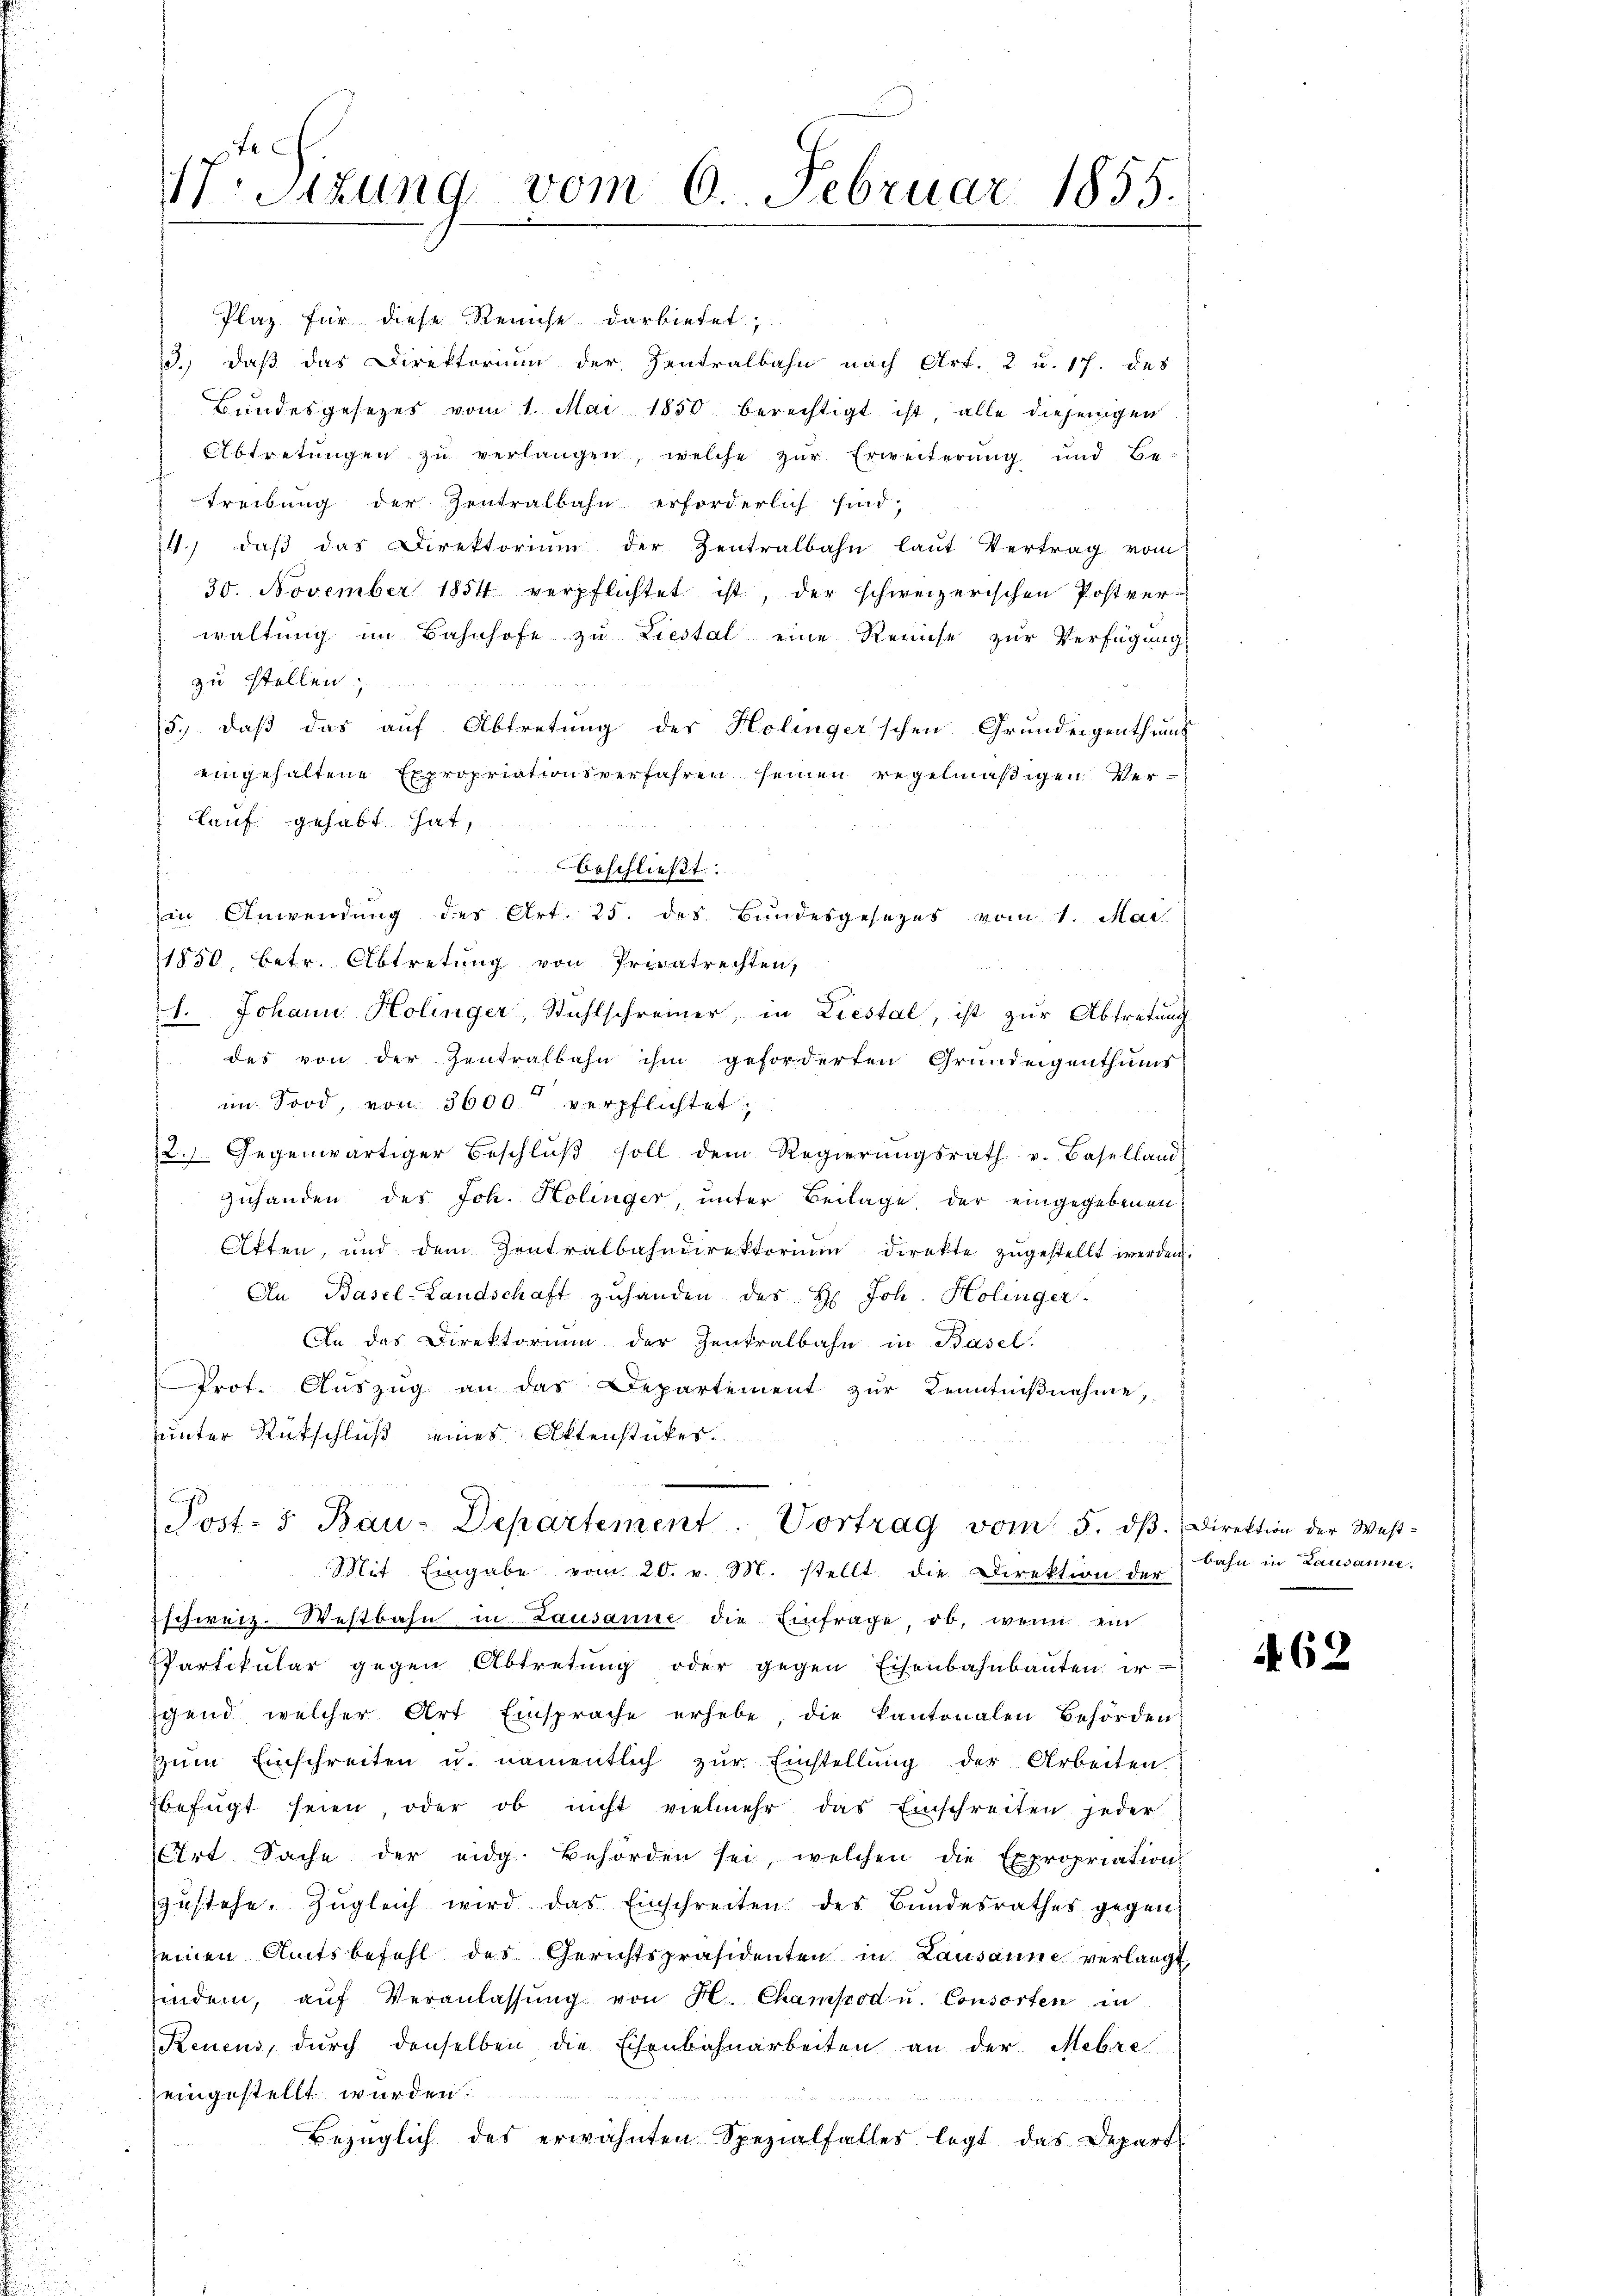
.Sizung vom 6. Februar 1855.

Plaz für diese Reise darbietet,
3.) daß das Direktorium der Zentralbahn nach Art. 2 u. 17. des
Bundesgesetzes vom 1. Mai 1850 berechtigt ist, alle diejenigen
Abtretŭngen zŭ verlangen, welche zŭr Erweiterung und Be-
Treibung der Zentralbahn erforderlich sind;
14. daβ das Direktoriŭm der Zentralbahn laŭt Vertrag vom
30. November 1854 verpflichtet ist, der schweizerischen Postver-
waltung im Bahnhofe zu Liestal eine Reise zur Verfügung
zu stellen.
5.) daß das auf Abtretung des Holinger'schen Grundeigenthums
eingehaltene Expropriationsverfahren seinen regelmäßigen Verlauf gehabt hat,
1850, betr. Abtretung von Privatrechten,
1. Johann Holinger, Stühlschreiner, in Liestal, ist zŭr Abtretung
des von der Zentralbahn ihm geforderten Grundeigenthums
im Sood, von 3600 verpflichtet;
2. Gegenwärtiger Beschlŭβ soll dem Regierŭngsrath v. Baselland
zuhanden des Joh. Kolinger, unter Beilage der eingegebenen
Atten, und dem Zentralbahndirektorium direkte zŭgestellt werden.
An Basel-Landschaft zŭhanden des H. Joh. Holinger-
An das Direktorium der Zentralbahn in Basel.
Prot. Aŭszŭg an das Departement zŭr Kenntniβnahme,
unter Rückschluß eines Aktenstückes.
e
Post- & Bau-Departement. Vortrag vom 5. dβ. Direktion der West-
Mit Eingabe vom 20. v. M. stellt die Direktion der
schweiz. Westbahn in Lausanne die Einfrage ob, wenn ein
PPartikular gegen Abtretung oder gegen Eisenbahnbauten er
schend, welcher Art Einsprache erhebe, die kantonalen Behörden
zŭm Einschreiten u. namentlich zŭr Einstellŭng der Arbeiten.
befügt seien oder ob nicht vielmehr das Einschreiten jeder
Art. Sache der eidg. Behörden sei, welchen die Expropriation
zŭstehe. Zŭgleich wird das Einschreiten des Bŭndesrathes gegen
seinen Amtsbefehl des Gerichtspräsidenten in Lausanne verlangt,
indem, aŭf Veranlassŭng von H. Champod u. Consorten in
Renens, dŭrch denselben die Eisenbahnarbeiten an der Mehre
eingestellt wurden.
Bezüglich des erwähnten Spezialfalles legt das Depart

beschließt:
Ein Anwendung des Art. 25. des Bundesgesezes vom 1. Mai

bahn in Lausanne.

62